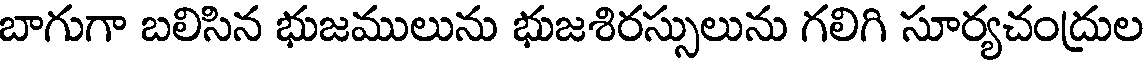
బాగుగా బలిసిన భుజములును భుజశిరస్సులును గలిగి సూర్యచంద్రుల